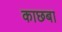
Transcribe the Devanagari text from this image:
काछबा